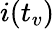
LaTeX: i(t_{v})